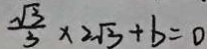
\frac { \sqrt { 3 } } { 3 } \times 2 \sqrt { 3 } + b = 0